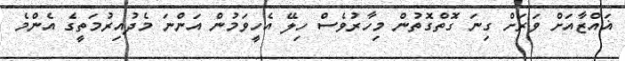
ޣައްޒާއަށް ވަރަށް ގިނަ ގޮތްގޮތުން މިހާރުވެސް ހިލޭ އެހީވަމުން އަންނަ މެދުއިރުމަތީގެ އެންމެ